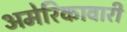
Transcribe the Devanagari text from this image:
अमेरिकावारी